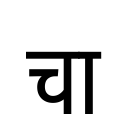
OCR:
चा